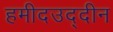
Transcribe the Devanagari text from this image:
हमीदउद्दीन